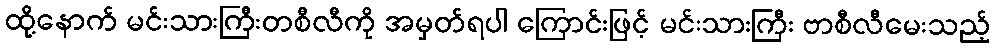
ထို့နောက် မင်းသားကြီးတစီလီကို အမှတ်ရပါ ကြောင်းဖြင့် မင်းသားကြီး ဗာစီလီမေးသည့်